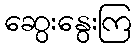
ဆွေးနွေးကြ